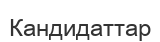
Кандидаттар